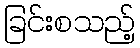
ခြင်းစသည့်